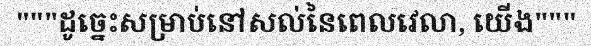
"""ដូច្នេះសម្រាប់នៅសល់នៃពេលវេលា, យើង"""